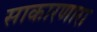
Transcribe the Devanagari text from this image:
साकारणारा